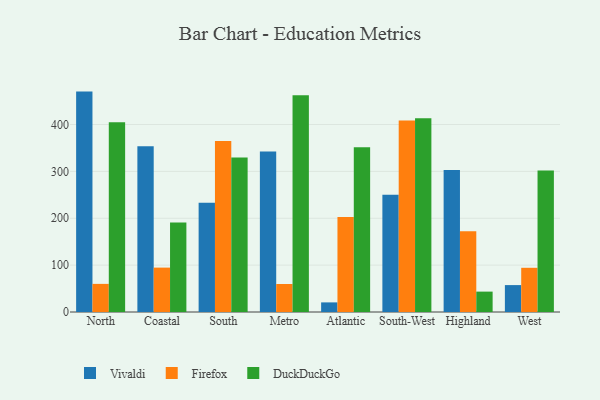
{"axis": {"x": "Region", "y": "Net Income (USD K)"}, "legend": ["DuckDuckGo", "Firefox", "Vivaldi"], "data": [{"x": "North", "y": 470.2, "type": "Vivaldi"}, {"x": "North", "y": 60.0, "type": "Firefox"}, {"x": "North", "y": 404.9, "type": "DuckDuckGo"}, {"x": "Coastal", "y": 353.4, "type": "Vivaldi"}, {"x": "Coastal", "y": 94.7, "type": "Firefox"}, {"x": "Coastal", "y": 190.8, "type": "DuckDuckGo"}, {"x": "South", "y": 233.3, "type": "Vivaldi"}, {"x": "South", "y": 365.0, "type": "Firefox"}, {"x": "South", "y": 329.5, "type": "DuckDuckGo"}, {"x": "Metro", "y": 342.4, "type": "Vivaldi"}, {"x": "Metro", "y": 59.7, "type": "Firefox"}, {"x": "Metro", "y": 462.5, "type": "DuckDuckGo"}, {"x": "Atlantic", "y": 20.5, "type": "Vivaldi"}, {"x": "Atlantic", "y": 202.9, "type": "Firefox"}, {"x": "Atlantic", "y": 351.5, "type": "DuckDuckGo"}, {"x": "South-West", "y": 250.3, "type": "Vivaldi"}, {"x": "South-West", "y": 408.4, "type": "Firefox"}, {"x": "South-West", "y": 413.5, "type": "DuckDuckGo"}, {"x": "Highland", "y": 302.8, "type": "Vivaldi"}, {"x": "Highland", "y": 172.4, "type": "Firefox"}, {"x": "Highland", "y": 43.5, "type": "DuckDuckGo"}, {"x": "West", "y": 57.4, "type": "Vivaldi"}, {"x": "West", "y": 94.3, "type": "Firefox"}, {"x": "West", "y": 301.7, "type": "DuckDuckGo"}]}